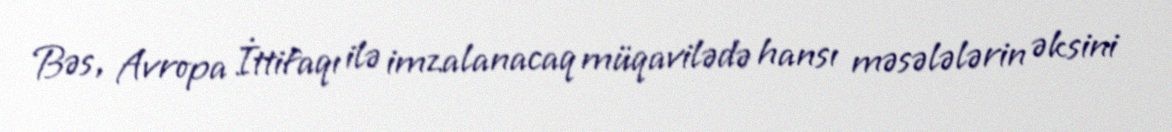
Bəs, Avropa İttifaqı ilə imzalanacaq müqavilədə hansı məsələlərin əksini